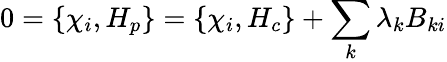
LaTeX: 0=\left\{ \chi_{i},H_{p}\right\} =\left\{ \chi_{i},H_{c}\right\} +\sum_{k}\lambda_{k}B_{ki}